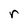
Character: r